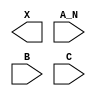
module sky130_fd_sc_hs__and3b (
    X  ,
    A_N,
    B  ,
    C
);

    output X  ;
    input  A_N;
    input  B  ;
    input  C  ;

    // Voltage supply signals
    supply1 VPWR;
    supply0 VGND;

endmodule